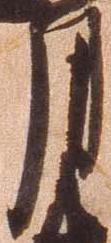
月